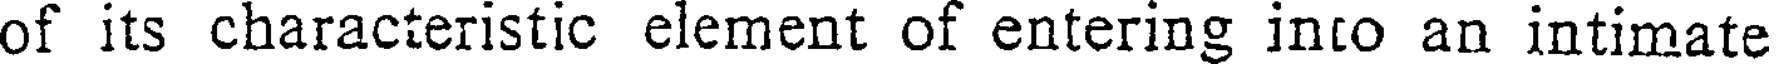
of its characteristic element of entering into an intimate